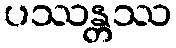
ပဿန္တဿ